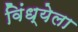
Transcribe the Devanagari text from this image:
विंध्येला